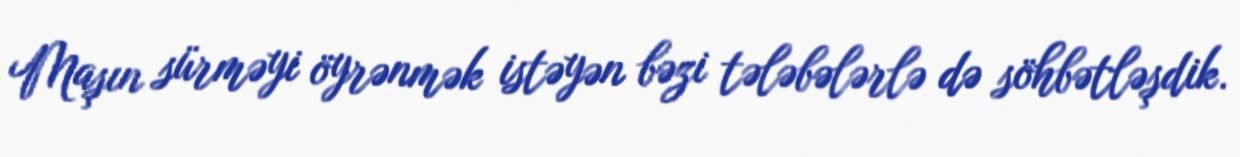
Maşın sürməyi öyrənmək istəyən bəzi tələbələrlə də söhbətləşdik.